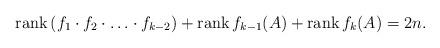
LaTeX: \begin{align*}\mathrm{rank}\, (f_{1}\cdot f_{2}\cdot\ldots\cdot f_{k-2}) +\mathrm{rank}\,f_{k-1}(A)+\mathrm{rank}\, f_{k}(A)=2n.\end{align*}